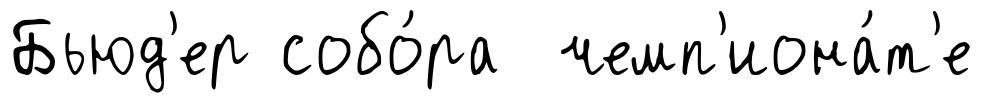
Бьюд'ер собо́ра чемп'иона́т'е